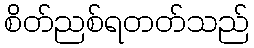
စိတ်ညစ်ရတတ်သည်